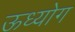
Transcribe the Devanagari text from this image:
ऊध्योग